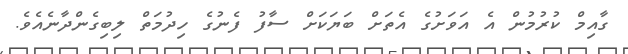
ގާއިމް ކުރުމުން އެ އަވަށުގެ އެތަށް ބަޔަކަށް ސާފު ފެނުގެ ހިދުމަތް ލިބިގެންދާނެއެވެ.